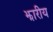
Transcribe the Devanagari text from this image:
झारीय